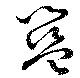
籃